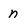
Character: n